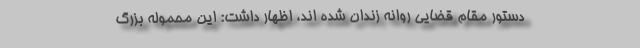
دستور مقام قضایی روانه زندان شده اند، اظهار داشت: این محموله بزرگ